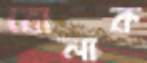
বোলাক